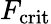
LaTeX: F_{\mathrm{crit}}